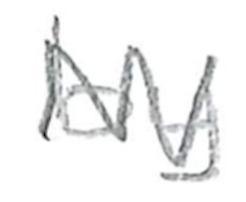
Text: by
Cross-out: zig-zag
Writing tool: pencil